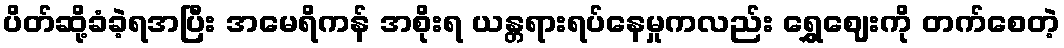
ပိတ်ဆို့ခံခဲ့ရအပြီး အမေရိကန် အစိုးရ ယန္တရားရပ်နေမှုကလည်း ရွှေဈေးကို တက်စေတဲ့